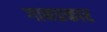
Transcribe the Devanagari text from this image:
गानप्रकार